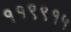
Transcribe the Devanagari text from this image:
११९९१५